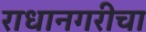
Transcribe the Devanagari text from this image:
राधानगरीचा